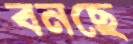
বনছে